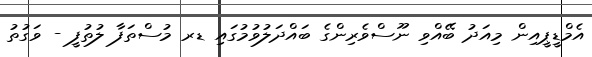
އެމްޑީޕީއިން މިއަދު ބޭއްވި ނޫސްވެރިންގެ ބައްދަލުވުމުގައި ޑރ މުސްތަފާ ލުތުފީ - ވަގުތު